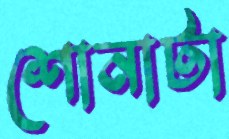
শোনাটা